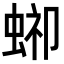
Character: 𧌞